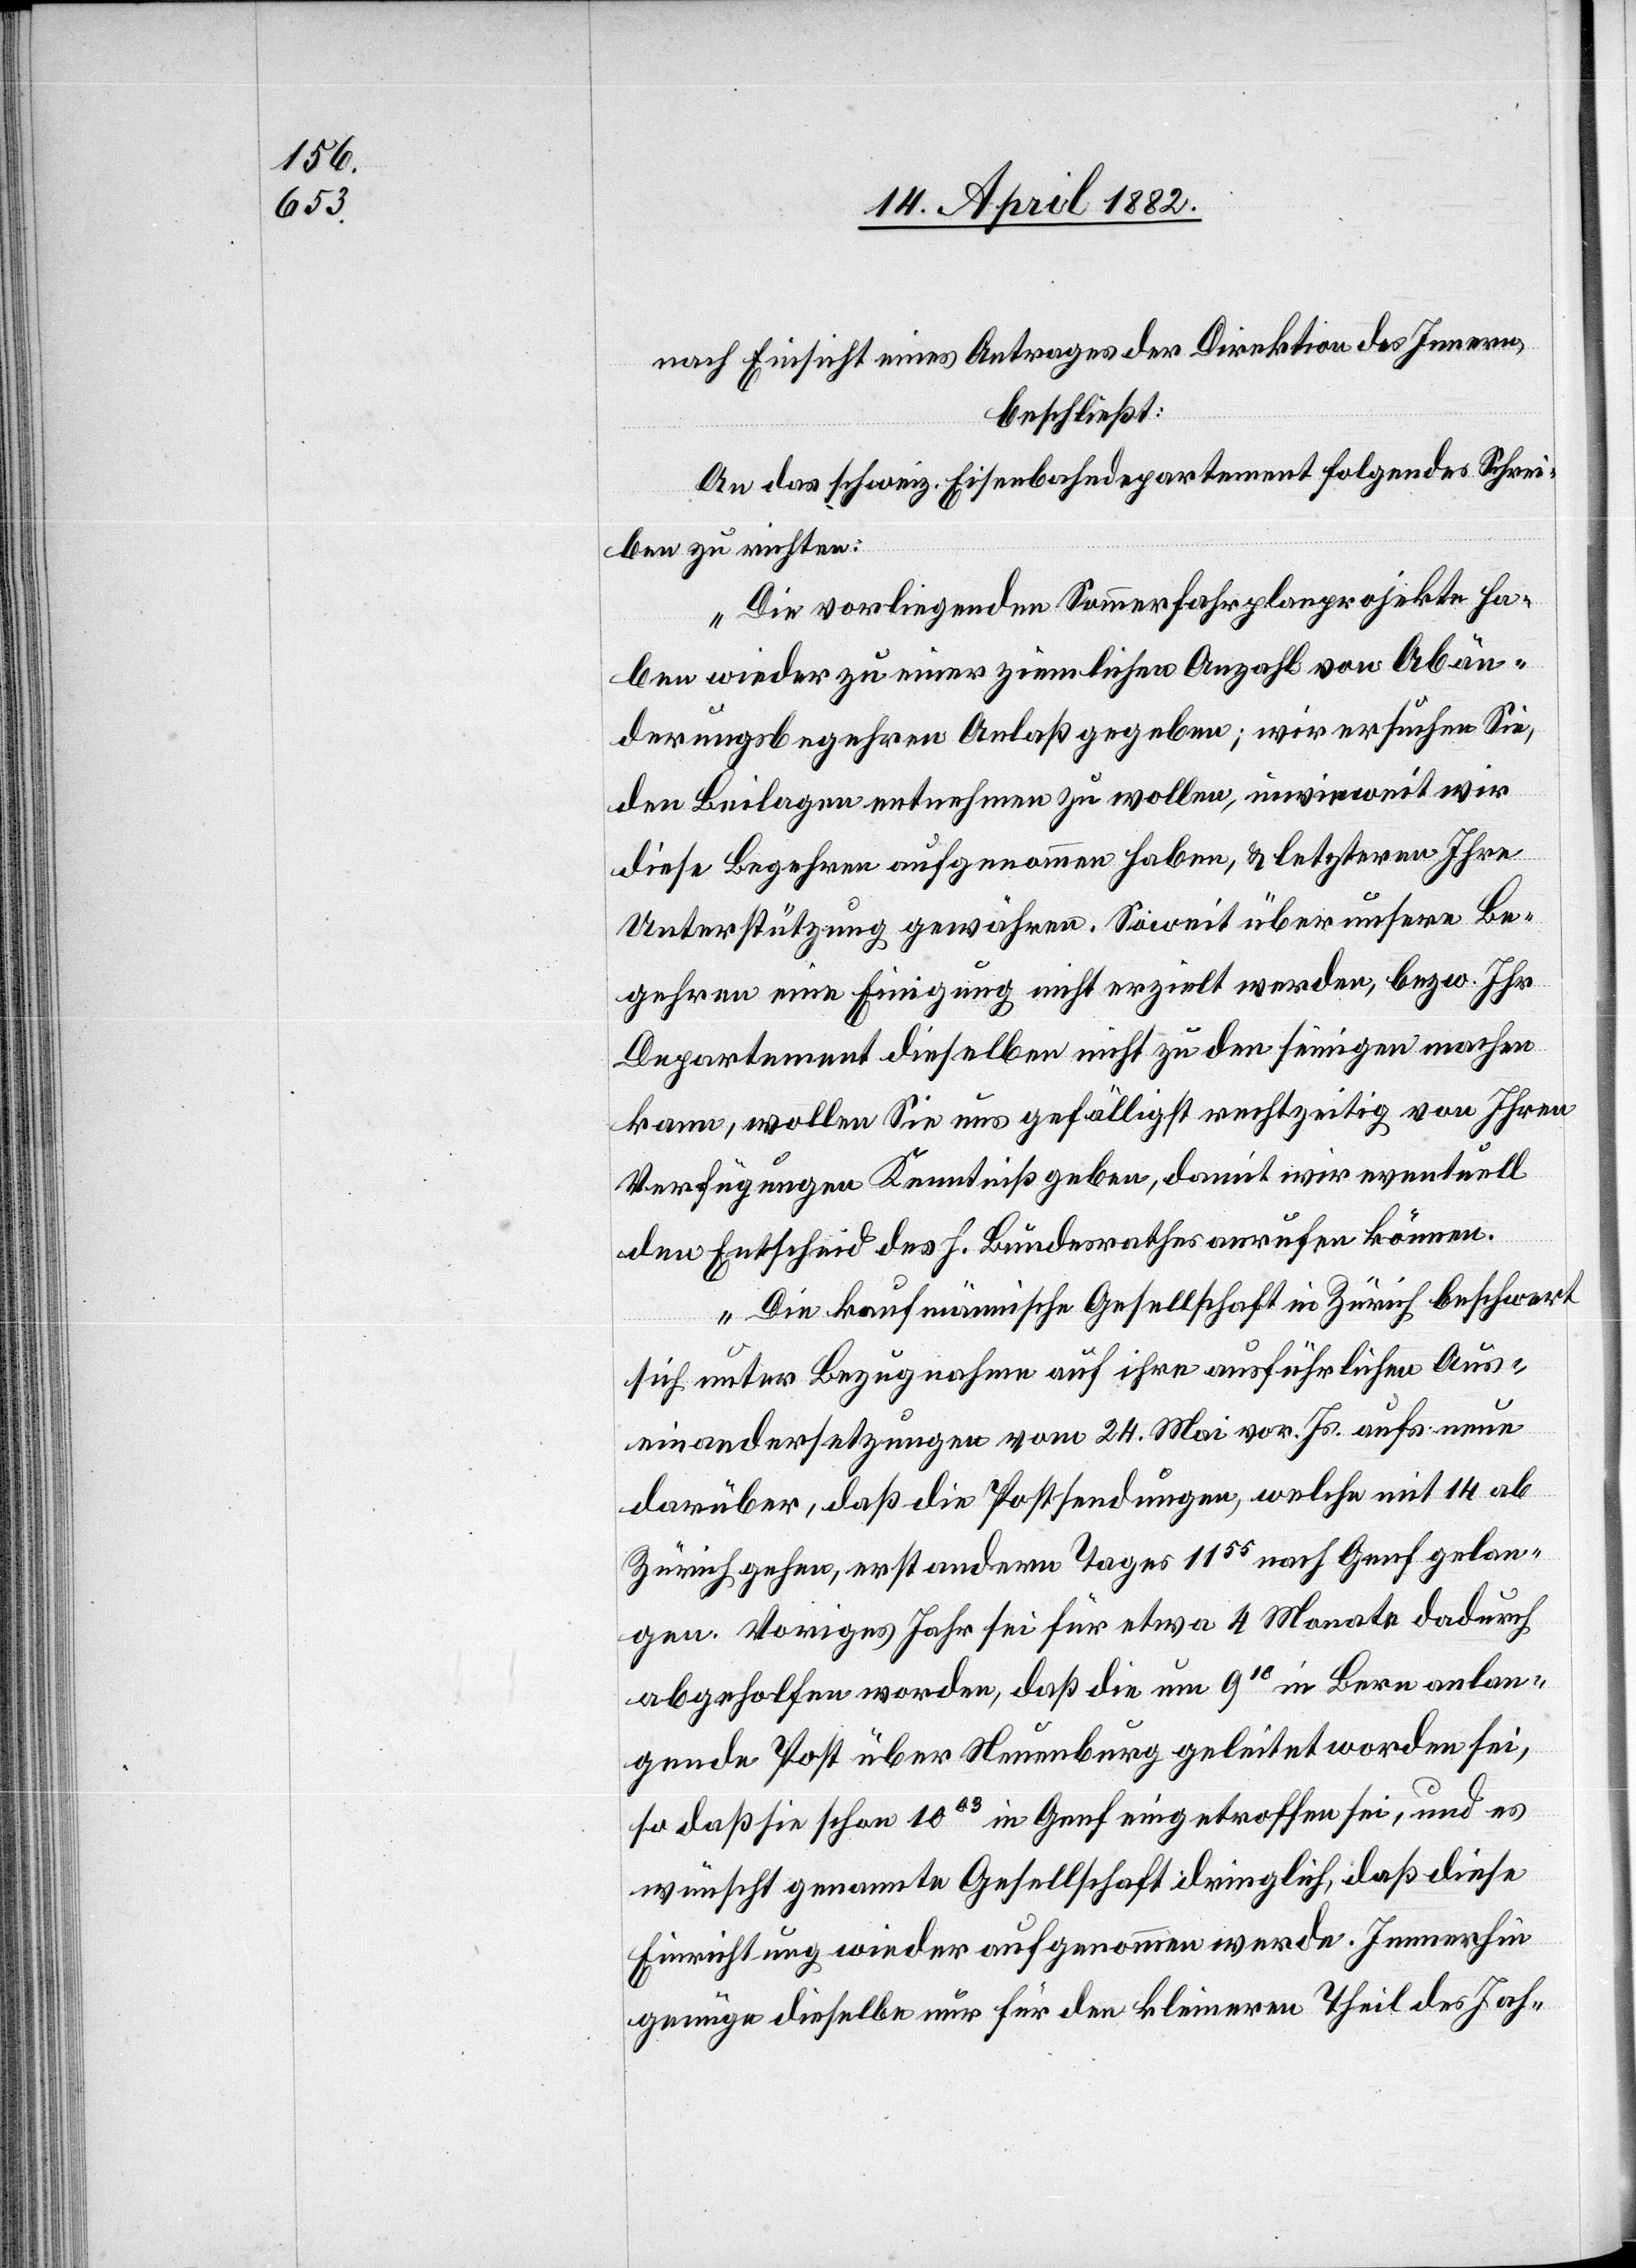
nach Einsicht eines Antrages der Direktion des Innern,
beschließt:
An das schweiz. Eisenbahndepartement folgendes Schrei¬
ben zu richten:
„Die vorliegenden Sommerfahrplanprojekte ha¬
ben wieder zu einer ziemlichen Anzahl von Abän¬
derungsbegehren Anlaß gegeben; wir ersuchen Sie,
den Beilagen entnehmen zu wollen, inwieweit wir
diese Begehren aufgenommen haben, & letzteren Ihre
Unterstützung gewähren. Soweit über unsere Be¬
gehren eine Einigung nicht erzielt werden, bezw. Ihr
Departement dieselben nicht zu den seinigen machen
kann, wollen Sie uns gefälligst rechtzeitig von Ihren
Verfügungen Kenntniß geben, damit wir eventuell
den Entscheid des h. Bundesrathes anrufen können.
Die kaufmännische Gesellschaft in Zürich beschwert
sich unter Bezugnahme auf ihre ausführlichen Aus¬
einandersetzungen vom 24. Mai vor. Js. aufs neue
darüber, daß die Postsendungen, welche mit 14 ab
Zürich gehen, erst andern Tages 1155 nach Genf gelan¬
gen. Voriges Jahr sei für etwa 4 Monate dadurch
abgeholfen worden, daß die um 910 in Bern anlan¬
gende Post über Neuenburg geleitet worden sei,
so daß sie schon 1003 in Genf eingetroffen sei, und es
wünscht genannte Gesellschaft dringlich, daß diese
Einrichtung wieder aufgenommen werde. Immerhin
genüge dieselbe nur für den kleineren Theil des Jah-